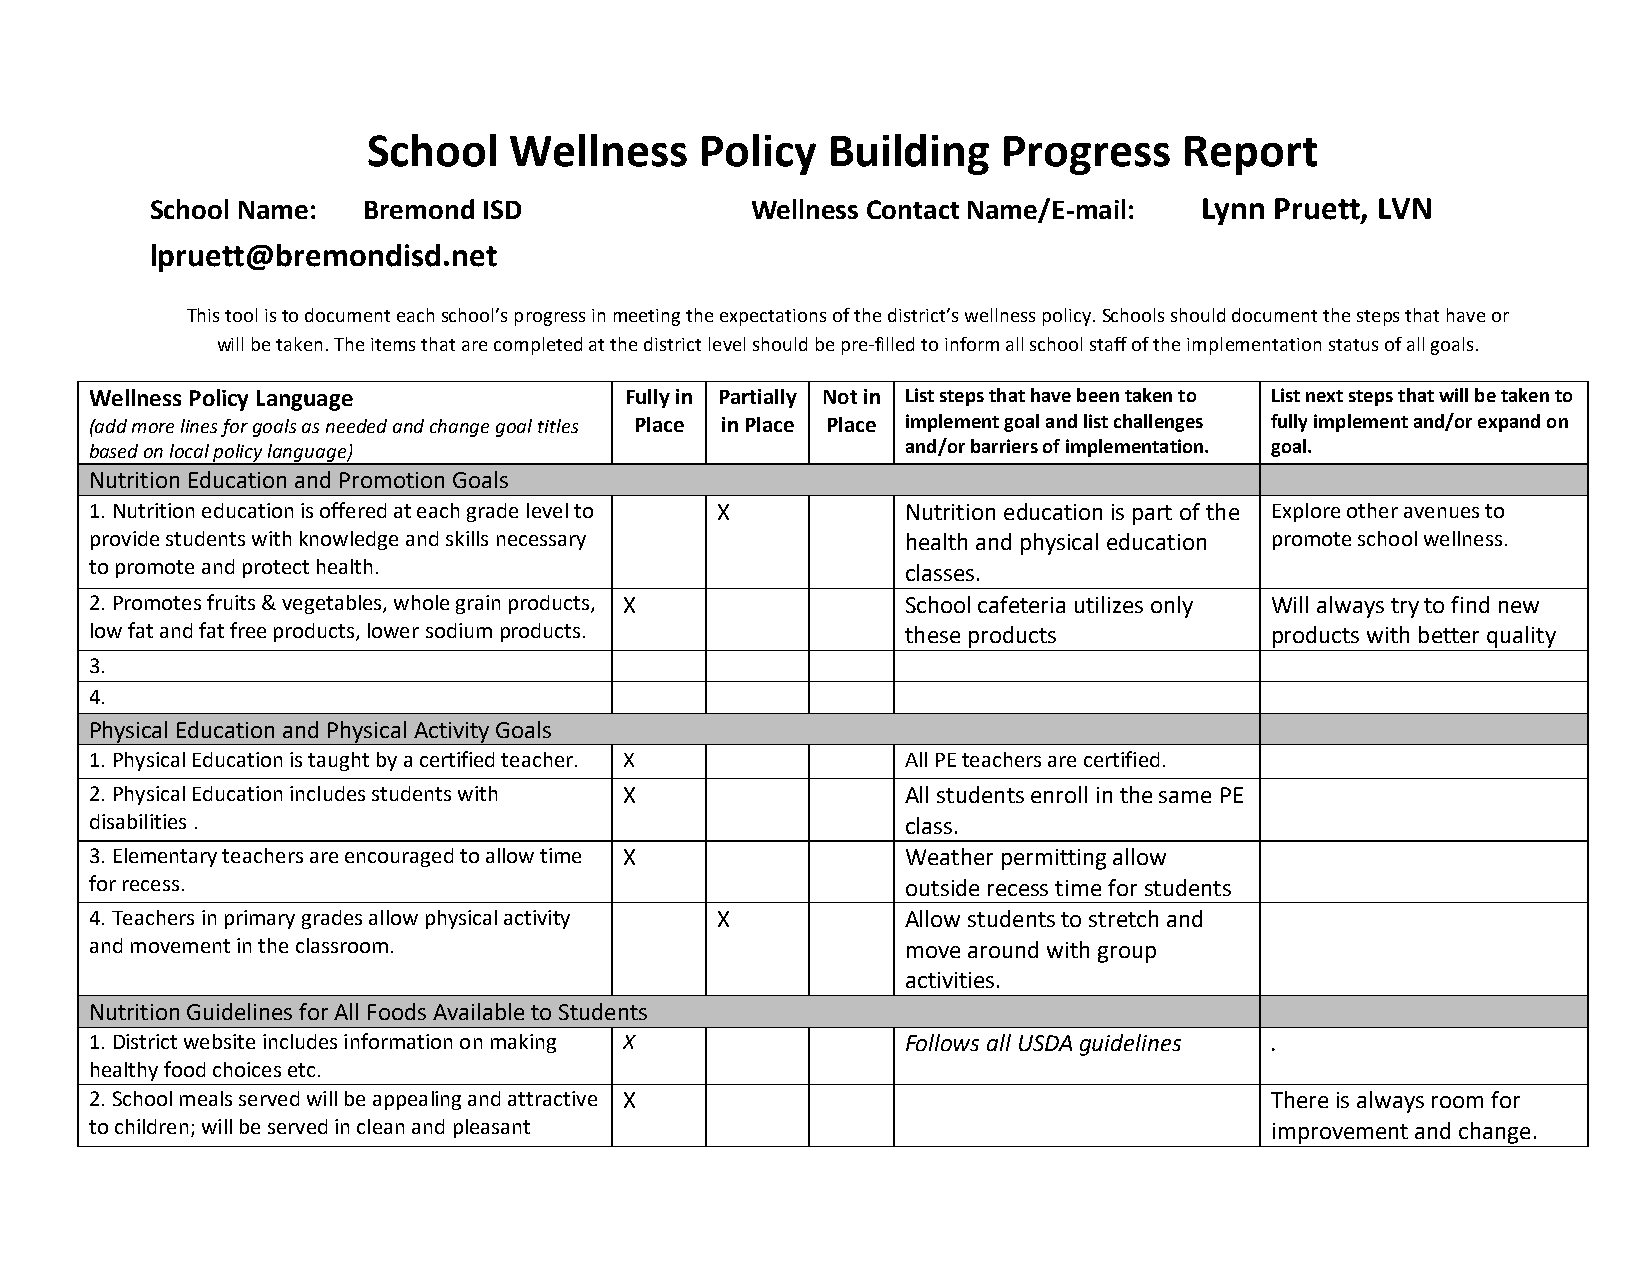
School    Wellness    Policy   Building   Progress    Report
 School Name:  Bremond ISD               Wellness Contact Name/E-mail: Lynn Pruett, LVN
 lpruett@bremondisd.net
 This tool is to document each school’s progress in meeting the expectations of the district’s wellness policy. Schools should document the steps that have or
 will be taken. The items that are completed at the district level should be pre-filled to inform all school staff of the implementation status of all goals.
 Wellness Policy Language           Fully in Partially Not in List steps that have been taken to List next steps that will be taken to
 (add more lines for goals as needed and change goal titles Place in Place Place implement goal and list challenges fully implement and/or expand on
 based on local policy language)                       and/or barriers of implementation. goal.
 Nutrition Education and Promotion Goals
 1. Nutrition education is offered at each grade level to X Nutrition education is part of the Explore other avenues to
 provide students with knowledge and skills necessary  health and physical education promote school wellness.
 to promote and protect health.                        classes.
 2. Promotes fruits & vegetables, whole grain products, X School cafeteria utilizes only Will always try to find new
 low fat and fat free products, lower sodium products. these products          products with better quality
 3.
 4.
 Physical Education and Physical Activity Goals
 1. Physical Education is taught by a certified teacher. X All PE teachers are certified.
 2. Physical Education includes students with X        All students enroll in the same PE
 disabilities .                                        class.
 3. Elementary teachers are encouraged to allow time X Weather permitting allow
 for recess.                                           outside recess time for students
 4. Teachers in primary grades allow physical activity X Allow students to stretch and
 and movement in the classroom.                        move around with group
 activities.
 Nutrition Guidelines for All Foods Available to Students
 1. District website includes information on making X  Follows all USDA guidelines .
 healthy food choices etc.
 2. School meals served will be appealing and attractive X                     There is always room for
 to children; will be served in clean and pleasant                             improvement and change.